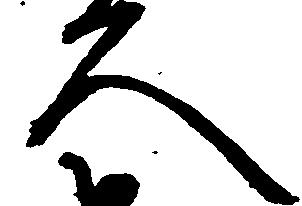
久